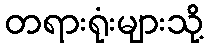
တရားရုံးများသို့